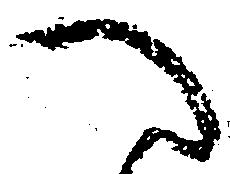
へ